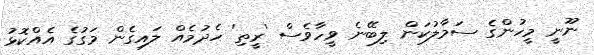
ނޫނީ މީހުންގެ ސަމާލުކަން ލިބޭނެ ވީހާވެސް 'ރީތި' ހެދުމެއް ލައިގެން މަގުގެ އެއްކޮޅު